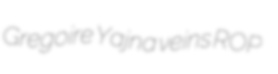
Gregoire Yajna veins ROP